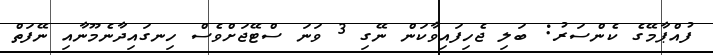
ފުއްޕާމޭގެ ކެންސަރު: ބަލި ޖެހިފައިވާކަން ނޭގި 3 ވަނަ ސްޓޭޖަށްވެސް ހިނގައިދާނެމޫނާއި ނޭފަތް